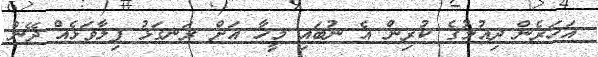
އަހަރެން ދިއުމުގެ ކުރިން އެ ނުބައި މީހާ އަށް ރަނގަޅު ފިލާވަޅެއް ދޭން